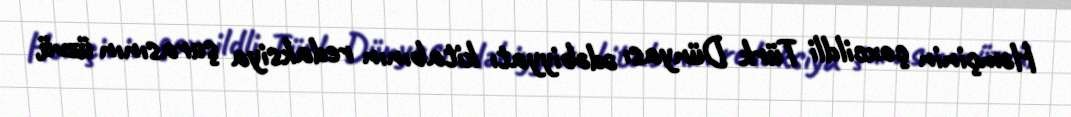
Həmçinin çoxcildli Türk Dünyası ədəbiyyatı kitabının redaksiya şurasının üzvü,